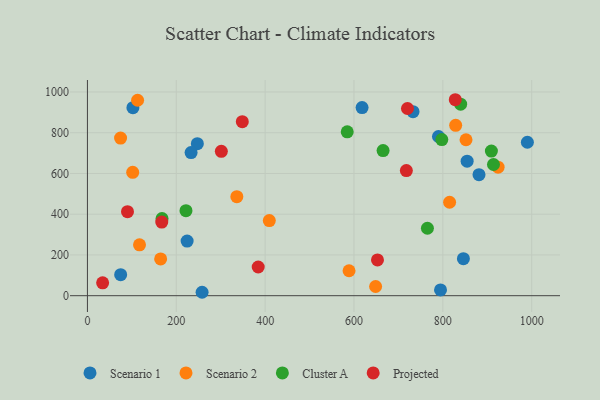
{"axis": {"x": "Distance", "y": "Yield"}, "legend": ["Cluster A", "Projected", "Scenario 1", "Scenario 2"], "data": [{"x": "618.2", "y": 923.4, "type": "Scenario 1"}, {"x": "247.4", "y": 746.4, "type": "Scenario 1"}, {"x": "732.9", "y": 903.3, "type": "Scenario 1"}, {"x": "881.4", "y": 594.1, "type": "Scenario 1"}, {"x": "794.8", "y": 28.3, "type": "Scenario 1"}, {"x": "102.4", "y": 922.9, "type": "Scenario 1"}, {"x": "790.2", "y": 781.5, "type": "Scenario 1"}, {"x": "854.7", "y": 660.2, "type": "Scenario 1"}, {"x": "74.8", "y": 103.0, "type": "Scenario 1"}, {"x": "233.3", "y": 702.5, "type": "Scenario 1"}, {"x": "846.3", "y": 181.7, "type": "Scenario 1"}, {"x": "990.3", "y": 753.3, "type": "Scenario 1"}, {"x": "224.4", "y": 268.3, "type": "Scenario 1"}, {"x": "258.1", "y": 16.8, "type": "Scenario 1"}, {"x": "828.9", "y": 836.3, "type": "Scenario 2"}, {"x": "648.7", "y": 45.1, "type": "Scenario 2"}, {"x": "588.9", "y": 122.4, "type": "Scenario 2"}, {"x": "117.2", "y": 249.9, "type": "Scenario 2"}, {"x": "815.2", "y": 458.8, "type": "Scenario 2"}, {"x": "336.3", "y": 486.3, "type": "Scenario 2"}, {"x": "101.9", "y": 605.7, "type": "Scenario 2"}, {"x": "164.8", "y": 180.6, "type": "Scenario 2"}, {"x": "924.4", "y": 630.7, "type": "Scenario 2"}, {"x": "112.9", "y": 959.4, "type": "Scenario 2"}, {"x": "409.4", "y": 368.9, "type": "Scenario 2"}, {"x": "74.6", "y": 773.8, "type": "Scenario 2"}, {"x": "852.2", "y": 765.5, "type": "Scenario 2"}, {"x": "914.0", "y": 644.0, "type": "Cluster A"}, {"x": "840.1", "y": 940.1, "type": "Cluster A"}, {"x": "909.3", "y": 709.7, "type": "Cluster A"}, {"x": "797.7", "y": 766.3, "type": "Cluster A"}, {"x": "765.3", "y": 331.1, "type": "Cluster A"}, {"x": "221.8", "y": 417.6, "type": "Cluster A"}, {"x": "665.5", "y": 712.5, "type": "Cluster A"}, {"x": "584.8", "y": 804.4, "type": "Cluster A"}, {"x": "167.9", "y": 378.4, "type": "Cluster A"}, {"x": "90.2", "y": 412.3, "type": "Projected"}, {"x": "301.4", "y": 708.8, "type": "Projected"}, {"x": "717.9", "y": 614.4, "type": "Projected"}, {"x": "652.9", "y": 175.4, "type": "Projected"}, {"x": "348.6", "y": 854.3, "type": "Projected"}, {"x": "828.0", "y": 962.0, "type": "Projected"}, {"x": "384.4", "y": 140.8, "type": "Projected"}, {"x": "167.3", "y": 361.4, "type": "Projected"}, {"x": "34.2", "y": 63.1, "type": "Projected"}, {"x": "720.4", "y": 918.9, "type": "Projected"}]}